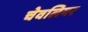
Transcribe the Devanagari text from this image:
चेवलियर